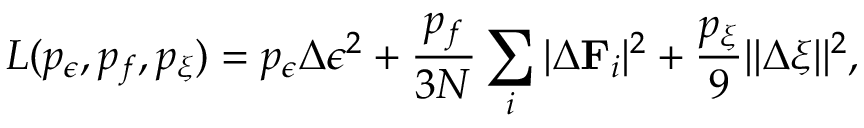
L ( p _ { \epsilon } , p _ { f } , p _ { \xi } ) = p _ { \epsilon } \Delta \epsilon ^ { 2 } + \frac { p _ { f } } { 3 N } \sum _ { i } | \Delta \mathbf { F } _ { i } | ^ { 2 } + \frac { p _ { \xi } } { 9 } | | \Delta \xi | | ^ { 2 } ,